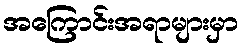
အကြောင်းအရာများမှာ